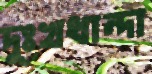
দুঃখধান্দা